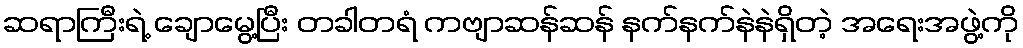
ဆရာကြီးရဲ့ ချောမွေ့ပြီး တခါတရံ ကဗျာဆန်ဆန် နက်နက်နဲနဲရှိတဲ့ အရေးအဖွဲ့ကို